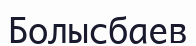
Болысбаев